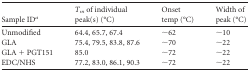
<table><thead><tr><td><b>Sample ID<sup><i>a</i></sup></b></td><td><b><i>T<sub>m</sub></i> of individual peak(s) (°C)</b></td><td><b>Onset temp (°C)</b></td><td><b>Width of peak (°C)</b></td></tr></thead><tbody><tr><td>Unmodified</td><td>64.4, 65.7, 67.4</td><td>∼62</td><td>∼10</td></tr><tr><td>GLA</td><td>75.4, 79.5, 83.8, 87.6</td><td>∼70</td><td>∼22</td></tr><tr><td>GLA + PGT151</td><td>85.0</td><td>∼72</td><td>∼22</td></tr><tr><td>EDC/NHS</td><td>77.2, 83.0, 86.1, 90.3</td><td>∼72</td><td>∼22</td></tr></tbody></table>